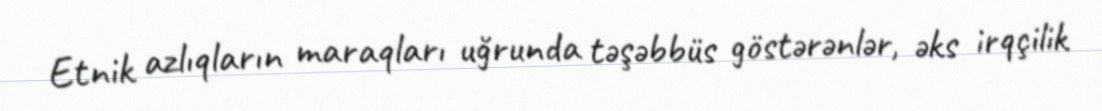
Etnik azlıqların maraqları uğrunda təşəbbüs göstərənlər, əks irqçilik